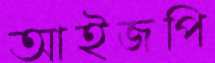
আইজপি